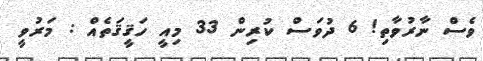
ވެސް ނާރުވާތި! 6 ދުވަސް ކުރިން 33 މިއީ ހަޤީޤަތެއް : މަރުވީ